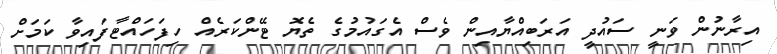
އިރާނުން ވަނީ ސައުދީ އަރަބިއްޔާއިން ވެސް އެގައުމުގެ ތެޔޮ ޓޭންކަރެއް ހިފަހައްޓާފައިވާ ކަމަށް